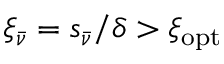
\xi _ { \bar { \nu } } = s _ { \bar { \nu } } / \delta > \xi _ { \mathrm { o p t } }